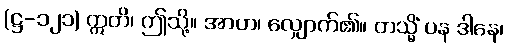
(ဋ္ဌ-၁၂၁) ဣတိ၊ ဤသို့။ အာဟ၊ လျှောက်၏။ တသ္မိံ ပန ဒါနေ၊